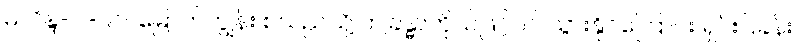
မိလိန္ဒ-ပါ-၉၁၊ မြောက်ကျွန်း စသည်သို့ ဤခန္ဓာကိုယ်ဖြင့်ပင် သွားနိုင်ကြောင်း ရှင်းပြခန်း။